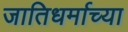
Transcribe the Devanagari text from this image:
जातिधर्माच्या